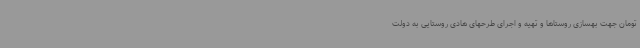
تومان جهت بهسازی روستاها و تهیه و اجرای طرحهای هادی روستایی به دولت